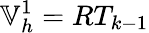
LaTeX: \mathbb{V}_{h}^{1}=RT_{k-1}